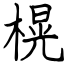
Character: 榥